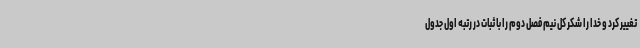
تغییر کرد و خدا را شکر کل نیم فصل دوم را با ثبات در رتبه اول جدول